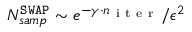
N _ { s a m p } ^ { \mathtt { S W A P } } \sim e ^ { - \gamma \cdot n _ { \mathrm { ~ i ~ t ~ e ~ r ~ } } } / \epsilon ^ { 2 }